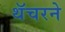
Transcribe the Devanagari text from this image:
थॅचरने